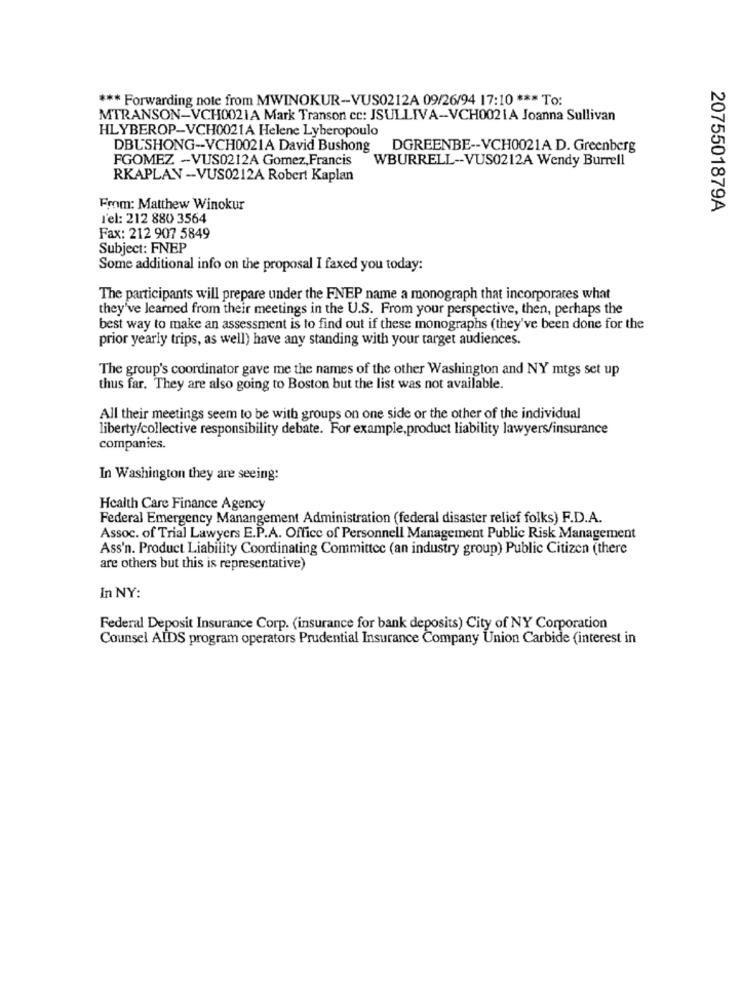
*** Forwarding note from MWINOKUR-VUS0212A 09/26/94 17:10 *** To:
MTRANSON-VCH0021A Mark Transon cc: JSULLIVA-VCH0021A Joanna Sullivan
HLYBEROP-VCH0021A Helene Lyberopoulo
DBUSHONG-VCH0021A David Bushong DGREENBE -- VCH0021A D. Greenberg
FGOMEZ -VUS0212A Gomez, Francis WBURRELL -- VUS0212A Wendy Burrell
RKAPLAN -VUS0212A Robert Kaplan
From: Matthew Winokur
2075501879A
l'el: 212 880 3564
Fax: 212 907 5849
Subject: FNEP
Some additional info on the proposal I faxed you today:
The participants will prepare under the FNEP name a monograph that incorporates what
they've learned from their meetings in the U.S. From your perspective, then, perhaps the
best way to make an assessment is to find out if these monographs (they've been done for the
prior yearly trips, as well) have any standing with your target audiences.
The group's coordinator gave me the names of the other Washington and NY mtgs set up
thus far. They are also going to Boston but the list was not available.
All their meetings seem to be with groups on one side or the other of the individual
liberty/collective responsibility debate. For example, product liability lawyers/insurance
companies.
In Washington they are seeing:
Health Care Finance Agency
Federal Emergency Manangement Administration (federal disaster relief folks) F.D.A.
Assoc. of Trial Lawyers E.P.A. Office of Personnell Management Public Risk Management
Ass'n. Product Liability Coordinating Committee (an industry group) Public Citizen (there
are others but this is representative)
In NY:
Federal Deposit Insurance Corp. (insurance for bank deposits) City of NY Corporation
Counsel AIDS program operators Prudential Insurance Company Union Carbide (interest in